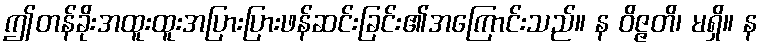
ဤတန်ခိုးအထူးထူးအပြားပြားဖန်ဆင်းခြင်း၏အကြောင်းသည်။ န ဝိဇ္ဇတိ၊ မရှိ။ န